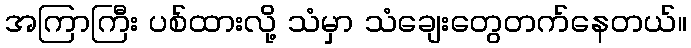
အကြာကြီး ပစ်ထားလို့ သံမှာ သံချေးတွေတက်နေတယ်။